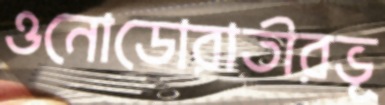
ওনোডোরাতীরভূ